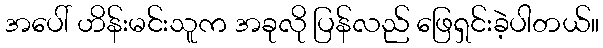
အပေါ် ဟိန်းမင်းသူက အခုလို ပြန်လည် ဖြေရှင်းခဲ့ပါတယ်။